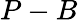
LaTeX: P-B